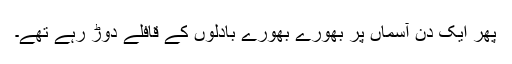
پھر ایک دن آسماں پر بھورے بھورے بادلوں کے قافلے دوڑ رہے تھے۔